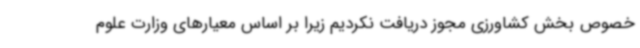
خصوص بخش کشاورزی مجوز دریافت نکردیم زیرا بر اساس معیارهای وزارت علوم